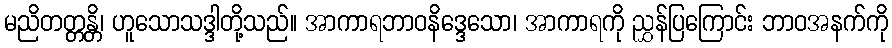
မညိတတ္တန္တိ၊ ဟူသောသဒ္ဒါတို့သည်။ အာကာရဘာဝနိဒ္ဒေသော၊ အာကာရကို ညွှန်ပြကြောင်း ဘာဝအနက်ကို